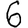
Digit: 6